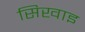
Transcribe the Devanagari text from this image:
सिखाइ